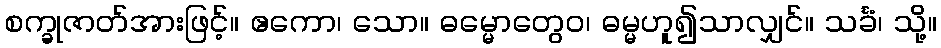
စက္ခုဇာတ်အားဖြင့်။ ဧကော၊ သော။ ဓမ္မောတွေဝ၊ ဓမ္မဟူ၍သာလျှင်။ သင်္ခံ၊ သို့။